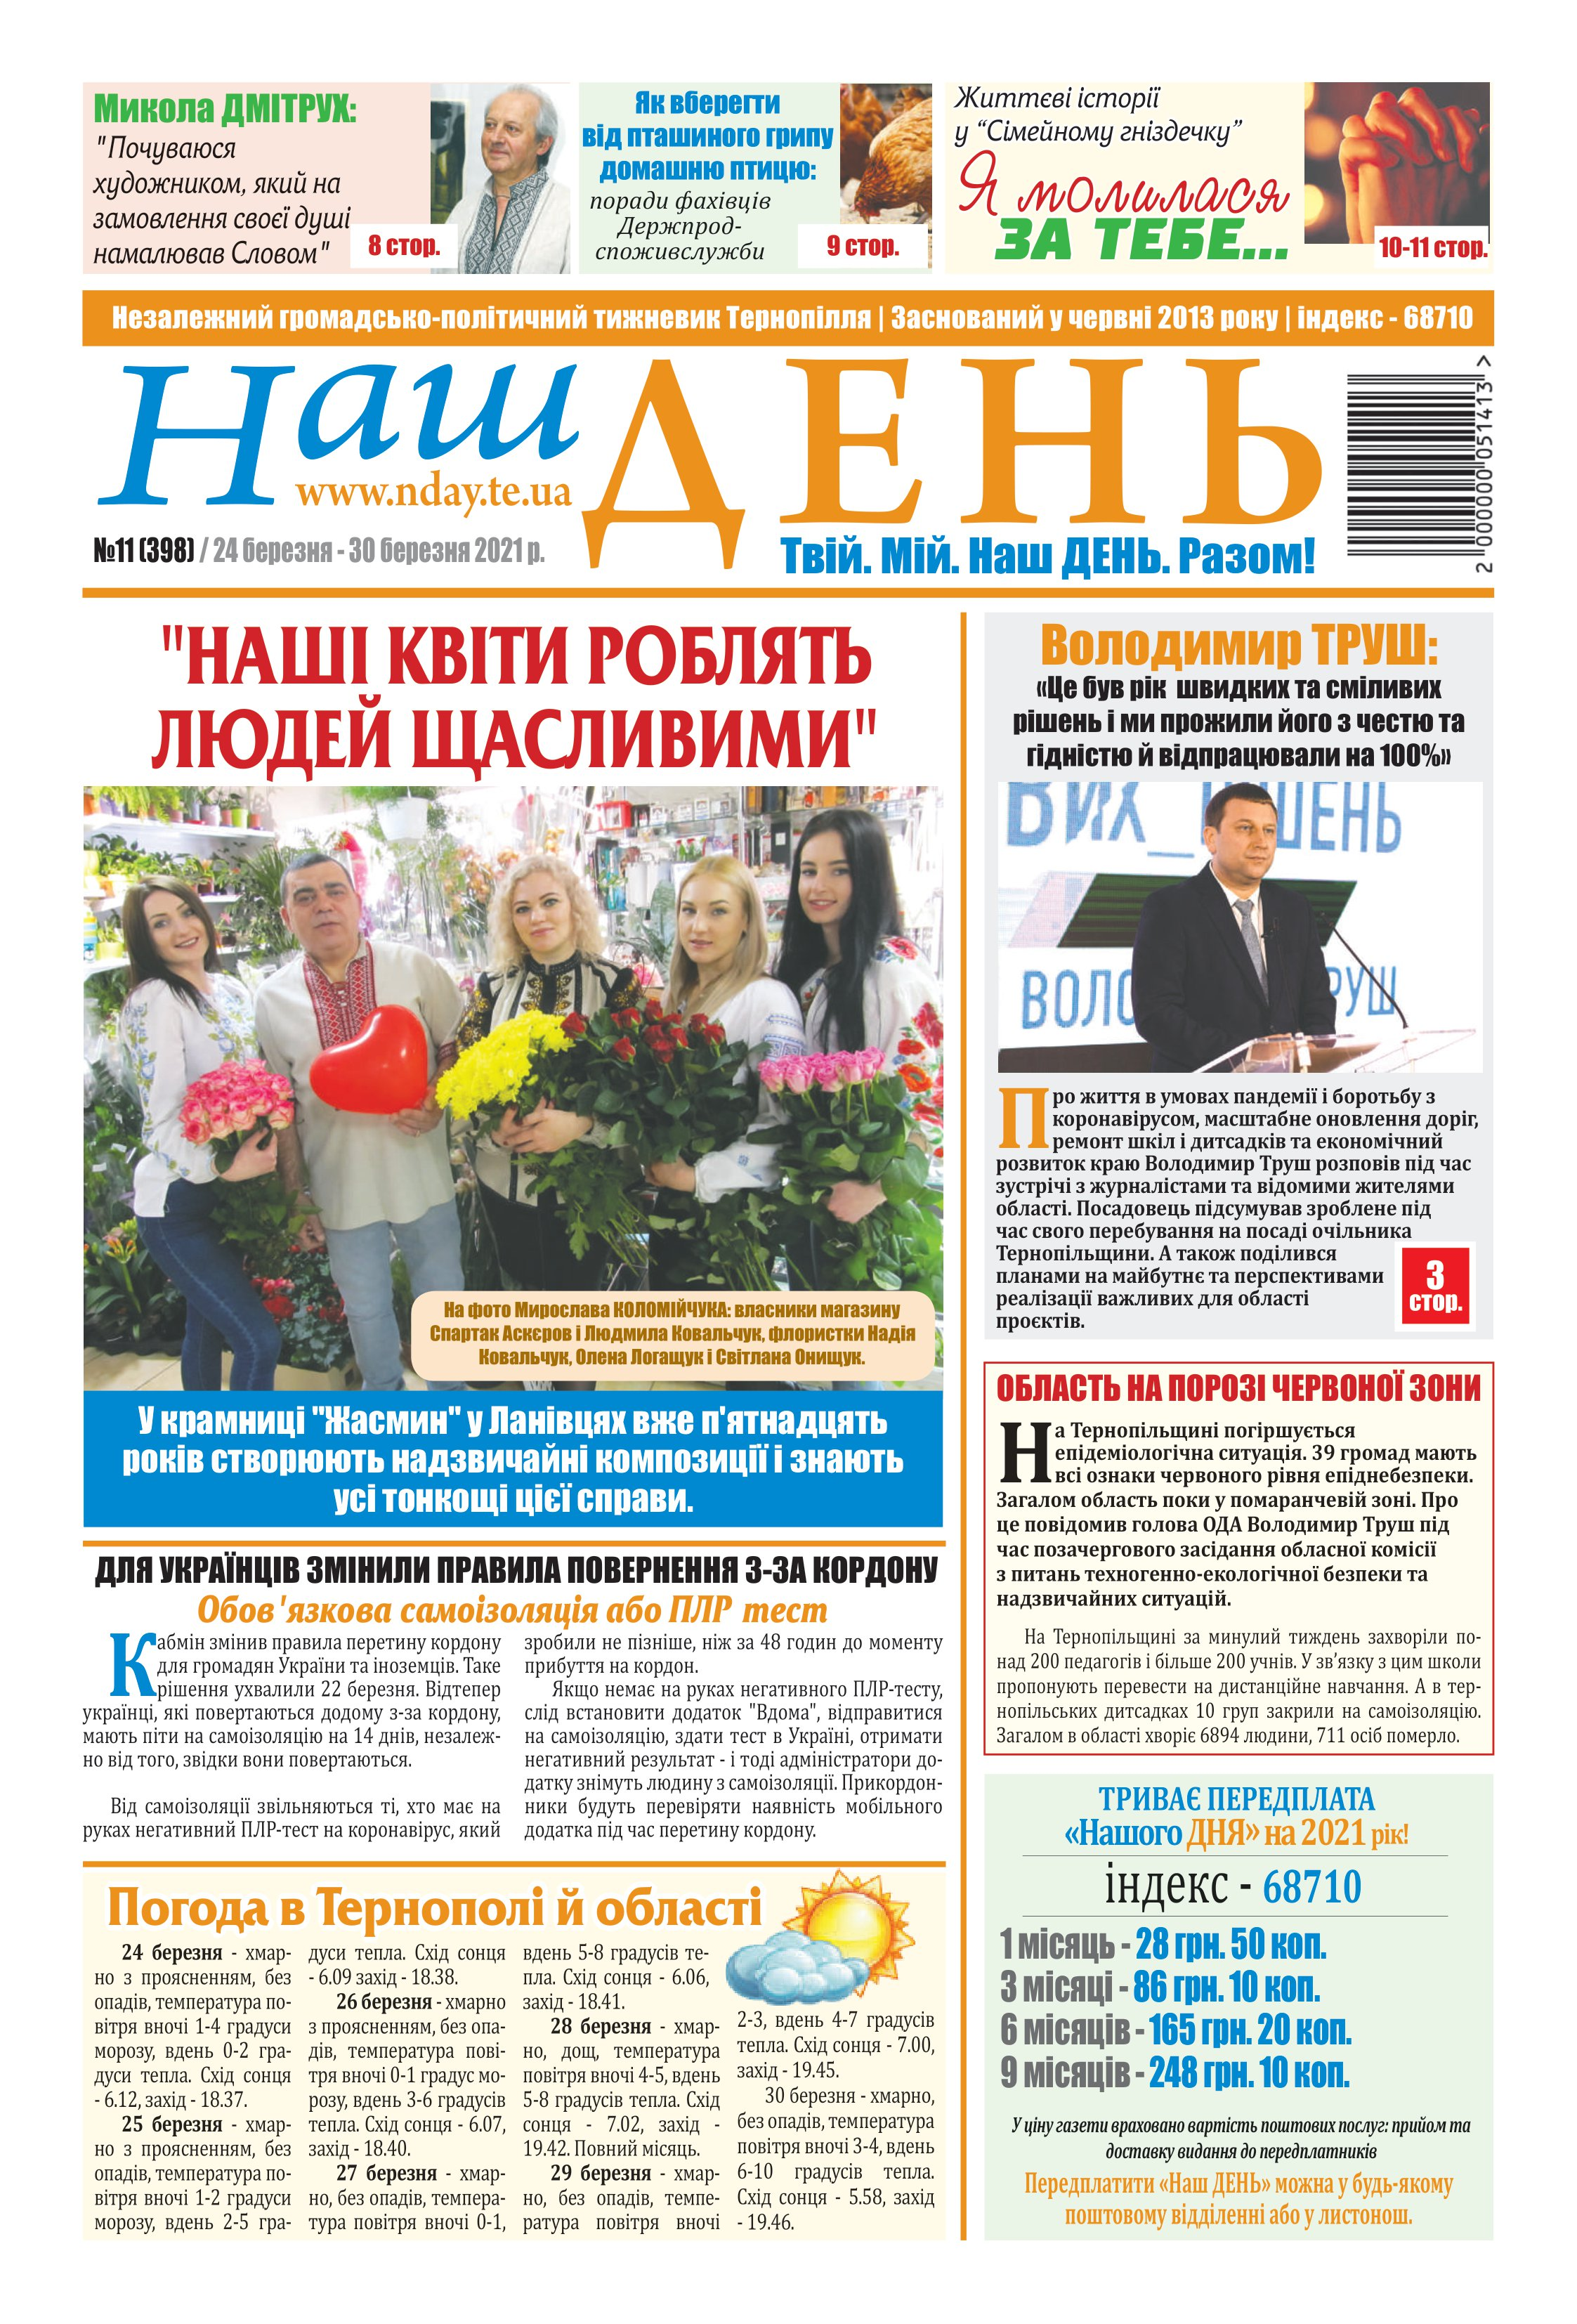
Language: uk